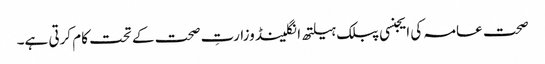
صحت عامہ کی ایجنسی پبلک ہیلتھ انگلینڈ وزارتِ صحت کے تحت کام کرتی ہے۔